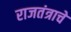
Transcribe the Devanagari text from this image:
राजतंत्राचे